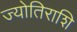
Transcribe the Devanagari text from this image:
ज्योतिराशि